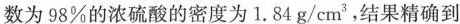
数为98\%的浓硫酸的密度为1.84g/cm^{3}，结果精确到